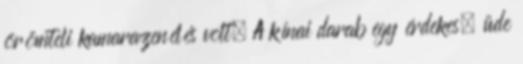
örömteli kamarazenélés volt. A kínai darab egy érdekes, üde